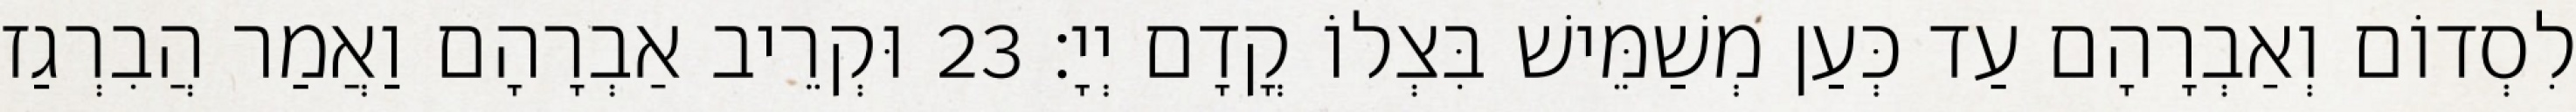
לִסְדוֹם וְאַבְרָהָם עַד כְּעַן מְשַׁמֵּישׁ בִּצְלוֹ קֳדָם יְיָ׃ 23 וּקְרֵיב אַבְרָהָם וַאֲמַר הֲבִרְגַז